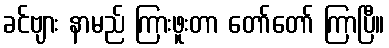
ခင်ဗျား နာမည် ကြားဖူးတာ တော်တော် ကြာပြီ။